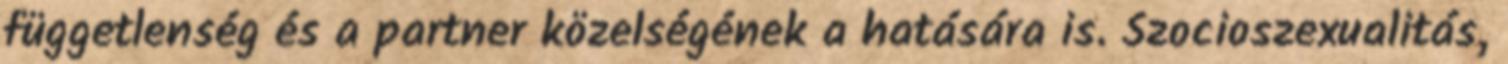
függetlenség és a partner közelségének a hatására is. Szocioszexualitás,